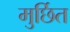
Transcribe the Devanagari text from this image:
मुर्छित